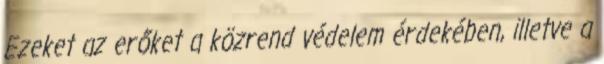
Ezeket az erőket a közrend védelem érdekében, illetve a